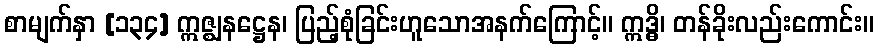
စာမျက်နှာ [၁၃၄] ဣဇ္ဈနဋ္ဌေန၊ ပြည့်စုံခြင်းဟူသောအနက်ကြောင့်။ ဣဒ္ဓိ၊ တန်ခိုးလည်းကောင်း။